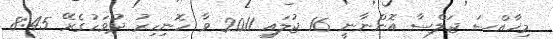
މިޚާއްސަ ޖަލްސާ އޮންނާނީ 16 ޖުލައި 2011 ވާ ހޮނިހިރު ދުވަހުގެރޭ 8:45